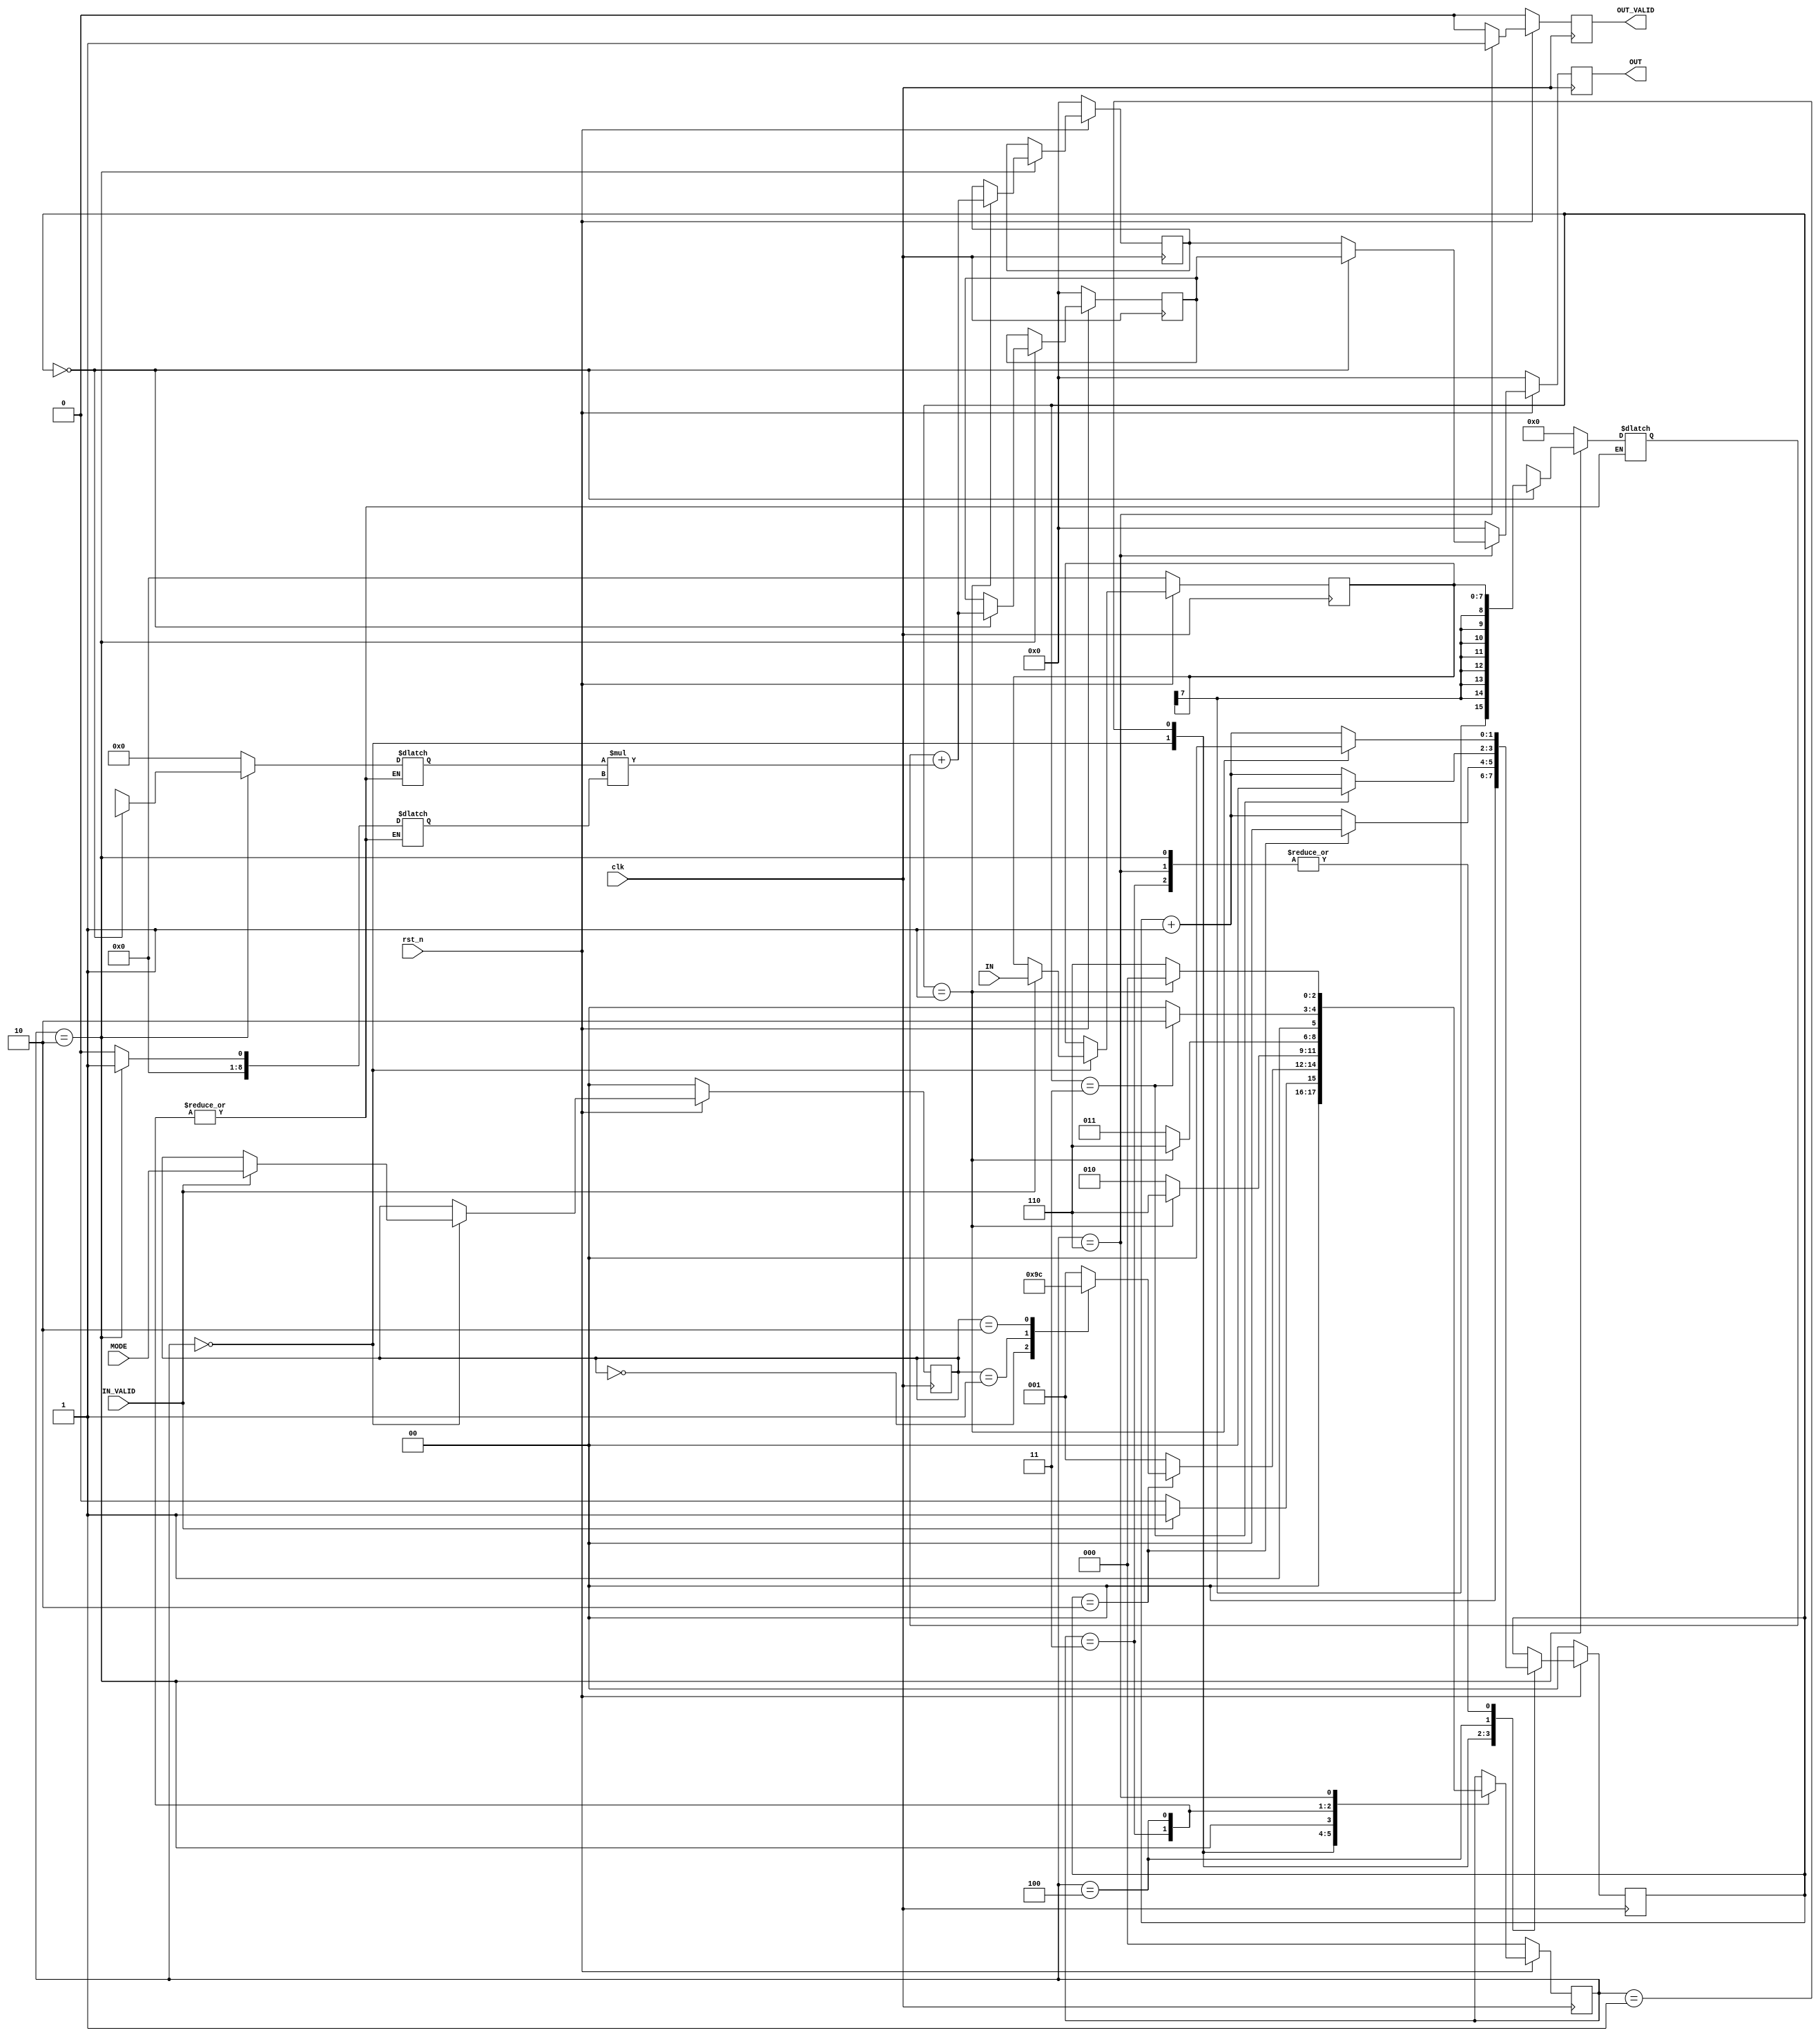
//############################################################################
//++++++++++++++++++++++++++++++++++++++++++++++++++++++++++++++++++++++++++++
//   (C) Copyright Laboratory System Integration and Silicon Implementation
//   All Right Reserved
//++++++++++++++++++++++++++++++++++++++++++++++++++++++++++++++++++++++++++++
//
//   ICLAB 2018 Fall
//   Lab02 Practice		: Complex Number Calculater
//
//++++++++++++++++++++++++++++++++++++++++++++++++++++++++++++++++++++++++++++
//
//   Module Name : CNC
//   Release version : V1.0 (Release Date: 2018-09)
//
//++++++++++++++++++++++++++++++++++++++++++++++++++++++++++++++++++++++++++++
//############################################################################

module CNC(
    //Input Port
    clk,
    rst_n,
    IN_VALID,
    MODE,
    IN,

    //Output Port
    OUT_VALID,
    OUT
    );

//---------------------------------------------------------------------
//   PORT DECLARATION
//---------------------------------------------------------------------
input           clk, rst_n, IN_VALID;
input   [ 1:0]  MODE;
input   [ 7:0]  IN;
output          OUT_VALID;
output  [16:0]  OUT;

//---------------------------------------------------------------------
//   PARAMETER DECLARATION
//---------------------------------------------------------------------
parameter s_idle = 3'd0; 
parameter s_input = 3'd1;
parameter s_add = 3'd2;
parameter s_sub = 3'd3;
parameter s_mul = 3'd4;
parameter s_output = 3'd6; 

//---------------------------------------------------------------------
//   WIRE AND REG DECLARATION
//---------------------------------------------------------------------
reg        OUT_VALID;
reg [16:0] OUT;

reg [2:0] current_state, next_state;
reg [1:0] cnt;

reg [1:0] MODE_r;
reg signed  [7:0] A, B, C, D;
reg signed [16:0] E, F;

wire       [16:0] ACC_OUT;
reg signed  [8:0] ACC_A, ACC_B;
reg signed [15:0] ACC_C;

//---------------------------------------------------------------------
//   RTL CODE
//---------------------------------------------------------------------

// FSM
always @(posedge clk) begin
    if(!rst_n)
        current_state <= s_idle;
    else
        current_state <= next_state;
end

always @(*) begin
    case(current_state)
    s_idle: if(IN_VALID) next_state = s_input;
            else         next_state = s_idle;
    s_input: if(cnt==2'd2)
                 case(MODE_r)
                 2'd0: next_state = s_add;
                 2'd1: next_state = s_sub;
                 2'd2: next_state = s_mul;
                 default: next_state = s_input;
                 endcase
             else
                 next_state = s_input;
    s_add:   if(cnt==2'd1) next_state = s_output;
             else next_state = s_add;
    s_sub:   if(cnt==2'd1) next_state = s_output;
             else next_state = s_sub;
    s_mul:   if(cnt==2'd3) next_state = s_output;
             else next_state = s_mul;
    s_output: if(cnt==2'd1) next_state = s_idle;
             else next_state = s_output; 
    default: next_state = current_state;
    endcase
end

always @(posedge clk) begin
    if(!rst_n)
        cnt <= 2'b0;
    else
    case(current_state)
    s_idle: cnt <= 2'b0;
    s_input: if(cnt==2'd2) cnt <= 2'b0;
             else cnt <= cnt+1'b1;
    s_add:   if(cnt==2'd1) cnt <= 2'b0;
             else cnt <= cnt+1'b1;
    s_sub:   if(cnt==2'd1) cnt <= 2'b0;
             else cnt <= cnt+1'b1;
    s_mul:   if(cnt==2'd3) cnt <= 2'b0;
             else cnt <= cnt+1'b1;
    s_output: if(cnt==2'd1) cnt <= 2'b0;
             else cnt <= cnt+1'b1;
    default: cnt <= cnt;
    endcase
end

// STORE INPUT
always @(posedge clk) begin
    if(!rst_n)
        MODE_r <= 2'b0;
    else
    case(current_state)
    s_idle: if(IN_VALID) MODE_r <= MODE;
    default: MODE_r <= MODE_r;
    endcase
end
always @(posedge clk) begin
    if(!rst_n)
        A <= 8'b0;
    else
    case(current_state)
    s_idle: if(IN_VALID) A <= IN;
    default: A <= A;
    endcase
end
/////////// First Part: Store B, C, D ///////////
//Store values into registers B, C, and D
//You can use counter to help or use shift register


// ACCUMULATOR
assign ACC_OUT = ACC_C + ACC_A * ACC_B;

/////////// Second Part: Control Accumulator ///////////
//Finish subtraction and multiplication part
//E and F can store template or final value

always @(*) begin
    case(current_state)
    s_add: if(cnt==2'b0) ACC_C = A; else ACC_C = B;
    s_sub: ;
    s_mul: ;
    default: ACC_C = 8'b0;
    endcase
end
always @(*) begin
    case(current_state)
    s_add: if(cnt==2'b0) ACC_A = C; else ACC_A = D;
    s_sub: ;
    s_mul: ;
    default: ACC_A = 8'b0;
    endcase
end
always @(*) begin
    case(current_state)
    s_add: ACC_B = 8'b1;
    s_sub: ;
    s_mul: ;
    default: ACC_B = 8'b0;
    endcase
end


always @(posedge clk) begin
    if(!rst_n)
        E <= 17'b0;
    else
    case(current_state)
    s_add: if(cnt==2'b0) E <= ACC_OUT; else E <= E;
    s_sub: ;
    s_mul: ;
    default: E <= E;
    endcase
end
always @(posedge clk) begin
    if(!rst_n)
        F <= 17'b0;
    else
    case(current_state)
    s_add: if(cnt==2'b1) F <= ACC_OUT; else F <= F;
    s_sub: ;
    s_mul: ;
    default: F <= F;
    endcase
end

// OUTPUT
always @(posedge clk) begin
    if(!rst_n)
        OUT_VALID <= 1'b0;
    else
    case(current_state)
    s_output: OUT_VALID <= 1'b1;
    default: OUT_VALID <= 1'b0;
    endcase
end
always @(posedge clk) begin
    if(!rst_n)
        OUT <= 17'b0;
    else
    case(current_state)
    s_output: if(cnt==2'b00) OUT <= E; else OUT <= F;
    default: OUT <= 17'b0;
    endcase
end

endmodule